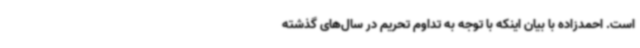
است. احمدزاده با بیان اینکه با توجه به تداوم تحریم در سال‌های گذشته